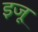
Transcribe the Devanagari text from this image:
इजू